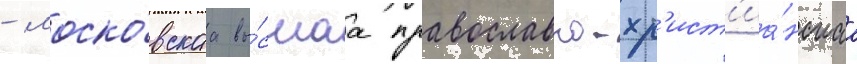
- моско́вскаа вы́сшаа православно-хр'ист'иа́нскаа